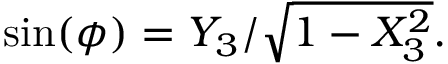
\sin ( \phi ) = Y _ { 3 } / { \sqrt { 1 - X _ { 3 } ^ { 2 } } } .